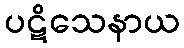
ပဋိသေနာယ